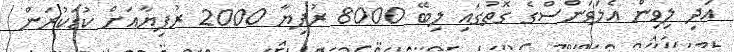
އަދި ލިވިން އެލަވަންސްގެ ގޮތުގައި ލިބޭ 8000 ރުފިޔާ 2000 ރުފިޔާއަށް ކުޑަކުރަން